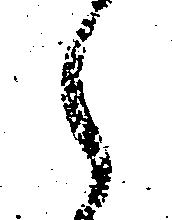
之